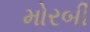
મોરબી